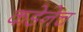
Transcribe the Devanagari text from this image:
कडेनेच